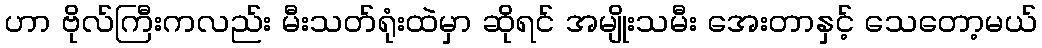
ဟာ ဗိုလ်ကြီးကလည်း မီးသတ်ရုံးထဲမှာ ဆိုရင် အမျိုးသမီး အေးတာနှင့် သေတော့မယ်